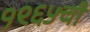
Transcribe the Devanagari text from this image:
१९६५ची